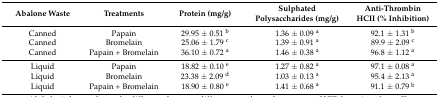
| Abalone Waste | Treatments | Protein (mg/g) | Sulphated Polysaccharides (mg/g) | Anti-Thrombin HCII (% Inhibition) |
 | --- | --- | --- | --- | --- |
 | Canned | Papain | 29.95 ± 0.51 b | 1.36 ± 0.09 a | 92.1 ± 1.31 b |
 | Canned | Bromelain | 25.06 ± 1.79 c | 1.39 ± 0.91 a | 89.9 ± 2.09 c |
 | Canned | Papain + Bromelain | 36.10 ± 0.72 a | 1.46 ± 0.38 a | 96.8 ± 1.12 a |
 | Liquid | Papain | 18.82 ± 0.10 e | 1.27 ± 0.82 a | 97.1 ± 0.08 a |
 | Liquid | Bromelain | 23.38 ± 2.09 d | 1.03 ± 0.13 a | 95.4 ± 2.13 a |
 | Liquid | Papain + Bromelain | 18.90 ± 0.80 e | 1.41 ± 0.68 a | 91.1 ± 0.79 b |